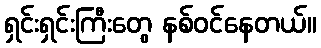
ရှင်းရှင်းကြီးတွေ နစ်ဝင်နေတယ်။